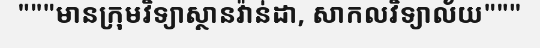
"""មានក្រុមវិទ្យាស្ថានវ៉ាន់ដា, សាកលវិទ្យាល័យ"""